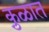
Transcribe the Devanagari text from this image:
कु़ळात